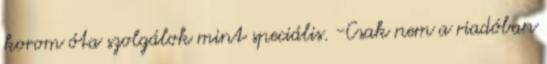
korom óta szolgálok mint speciális. -Csak nem a riadóban